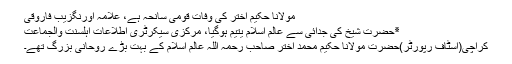
مولانا حکیم اختر کی وفات قومی سانحہ ہے، علامہ اورنگزیب فاروقی
٭حضرت شیخ کی جدائی سے عالم اسلام یتیم ہوگیا، مرکزی سیکرٹری اطلاعات اہلسنّت والجماعت
کراچی(اسٹاف رپورٹر)حضرت مولانا حکیم محمد اختر صاحب رحمہ اللہ عالم اسلام کے بہت بڑے روحانی بزرگ تھے۔